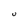
Character: U